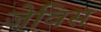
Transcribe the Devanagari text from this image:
जेविस